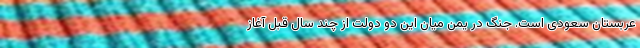
عربستان سعودی است. جنگ در یمن میان این دو دولت از چند سال قبل آغاز